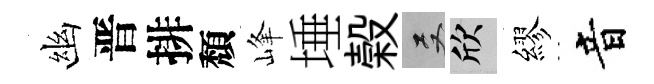
幽晋排頽峰埵榖双欣繆音